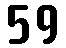
59